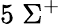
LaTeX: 5\; \Sigma^{+}